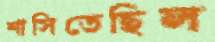
শাসিতেছিল